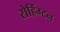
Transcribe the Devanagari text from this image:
रोहिंग्टन